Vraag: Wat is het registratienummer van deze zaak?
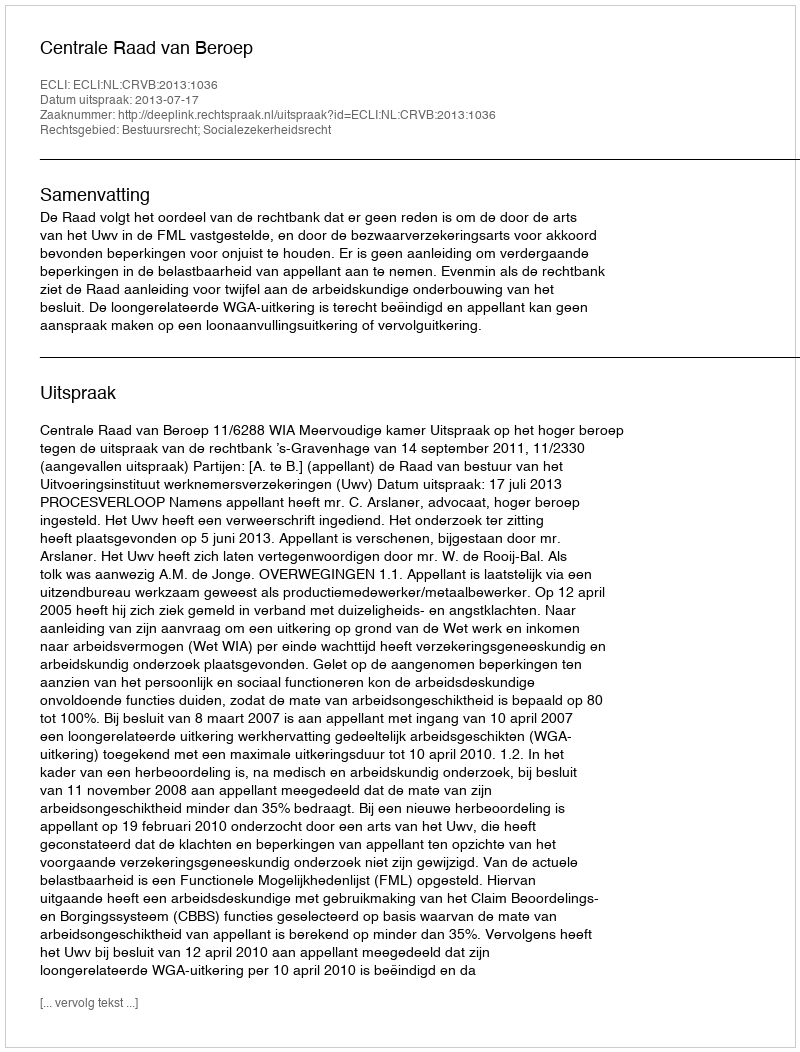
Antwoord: http://deeplink.rechtspraak.nl/uitspraak?id=ECLI:NL:CRVB:2013:1036